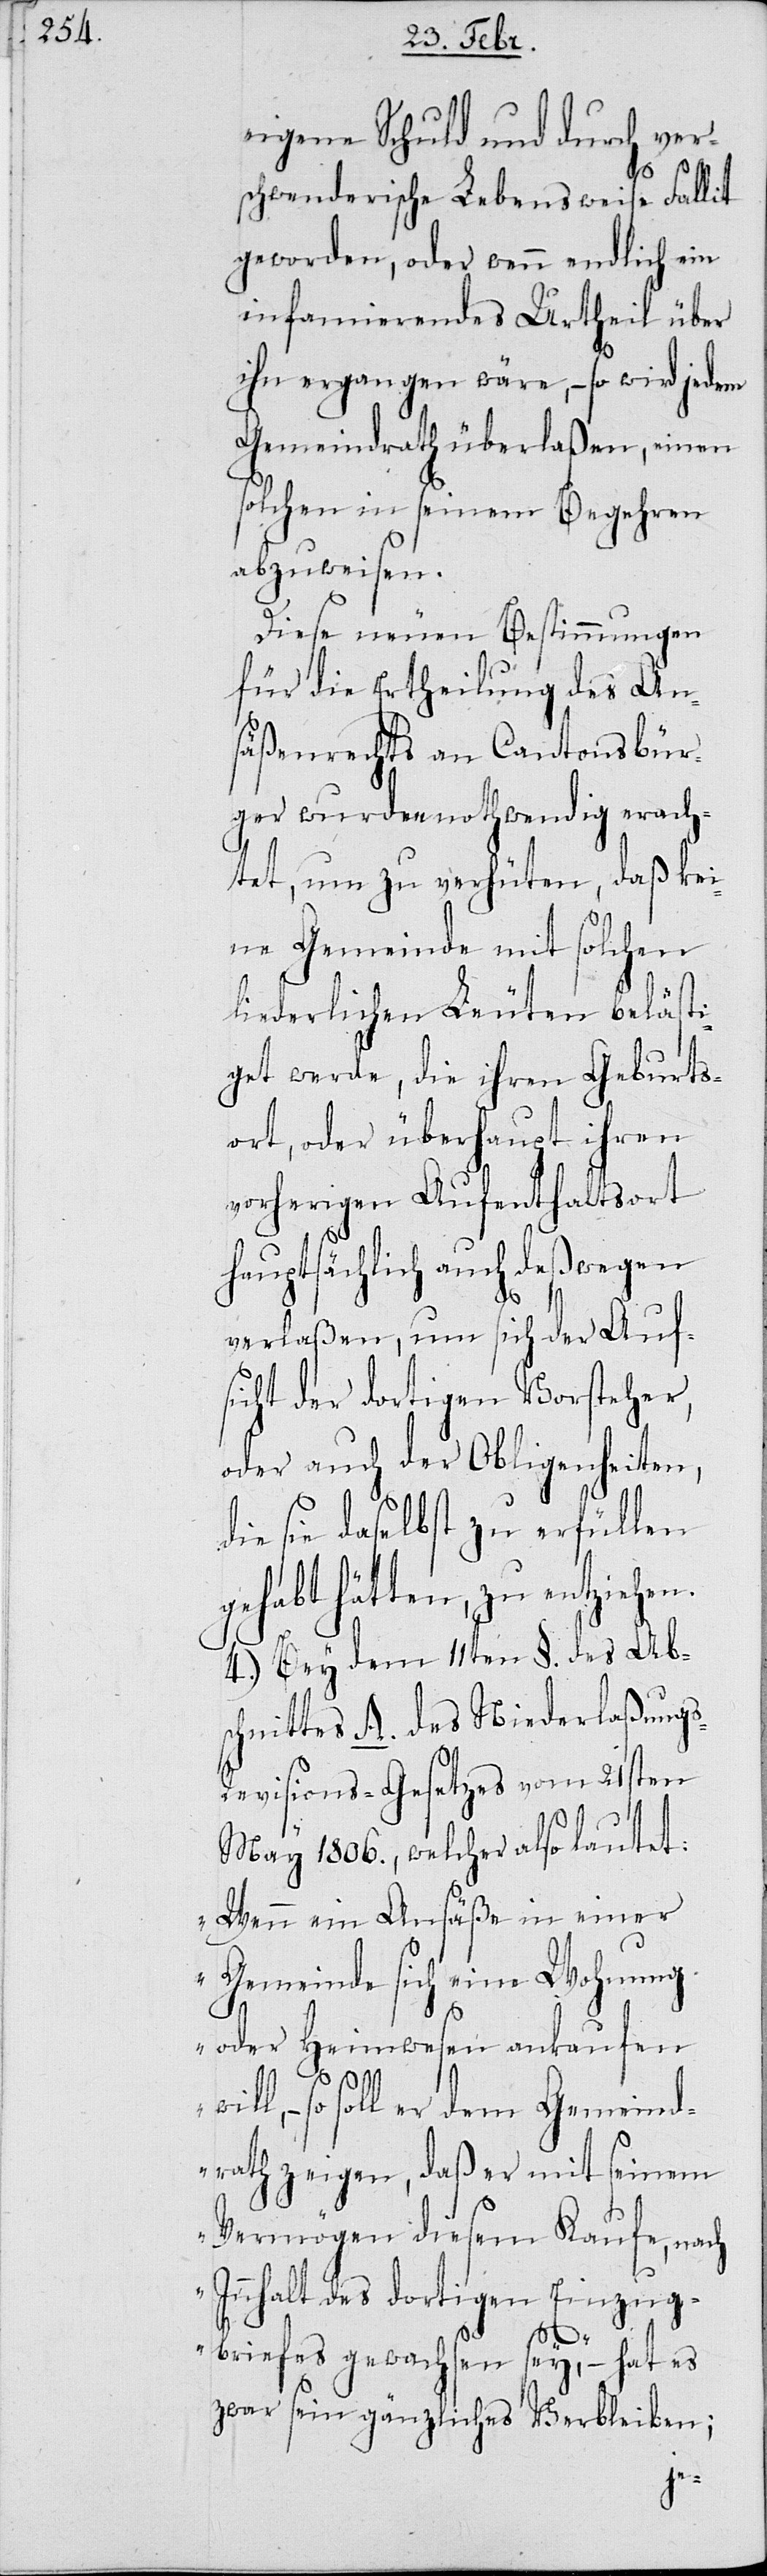
eigene Schuld und durch ver¬
s-R¬
schwenderische Lebensweise Fall¬
geworden, oder wenn endlich ein
infamierendes Urtheil über
ihn ergangen wäre, – so wird jedem
Gemeindrath überlaßen, einen
solchen in seinem Begehren
abzuweisen.
Diese neuen Bestimmungen
für die Ertheilung des An¬
säßenrechts an Cantonsbür¬
ger wurden nothwendig erach¬
tet, um zu verhüten, daß kei¬
ne Gemeinde mit solchen
liederlichen Leuten belästi¬
get werde, die ihren Geburts¬
ort, oder überhaupt ihren
vorherigen Aufenthaltsort
hauptsächlich auch deshalb
verlaßen, um sich der Auf¬
sicht der dortigen Vorsteher,
oder auch der Obligenheiten,
die sie daselbst zu erfüllen
gehabt hätten, zu entziehe¬
4.) Bey dem 11ten §. des Ab¬
schnittes A. des Niederlaßung¬
evisions-Gesetzes vom 21sten
May 1806, welcher also lautet:
„Wenn ein Ansäße in einer
Gemeinde sich eine Wohnung
oder Heimwesen ankaufen
so soll er dem Gemeind¬
rath zeigen, daß er mit seinem
Vermögen diesem Kaufe, nach
Innhalt des dortigen Einzug¬
briefes gewachsen sey,“ – hat es
zwar sein gänzliches Verbleiben;
n.